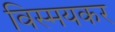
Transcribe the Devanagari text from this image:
विस्मयकर